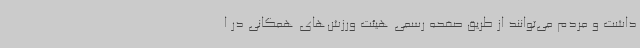
داشت و مردم می‌توانند از طریق صفحه رسمی هیئت ورزش‌های همگانی در ا